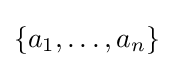
\{a_{1},\dots ,a_{n}\}\